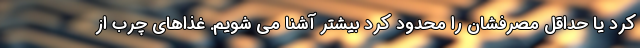
کرد یا حداقل مصرفشان را محدود کرد بیشتر آشنا می شویم. غذاهای چرب از